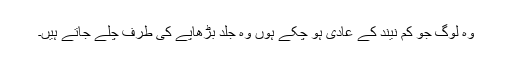
وہ لوگ جو کم نیند کے عادی ہو چکے ہوں وہ جلد بڑھاپے کی طرف چلے جاتے ہیں۔